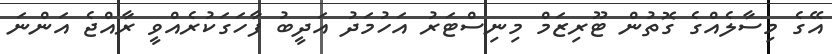
އޭގެ މިސާލެއްގެ ގޮތުން ޓޫރިޒަމް މިނިސްޓަރު އަހުމަދު އަދީބު ފާހަގަކުރެއްވީ ރާއްޖެ އަންނަ